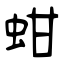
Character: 蚶